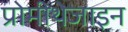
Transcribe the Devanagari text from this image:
प्रोमीथेजाइन